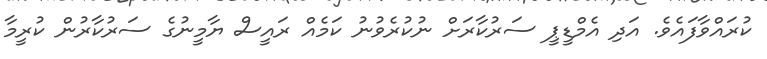
ކުރައްވާފައެވެ. އަދި އެމްޑީޕީ ސަރުކާރަށް ނުކުރެވުނު ކަމެއް ރައީސް ޔާމީނުގެ ސަރުކާރުން ކުރީމާ